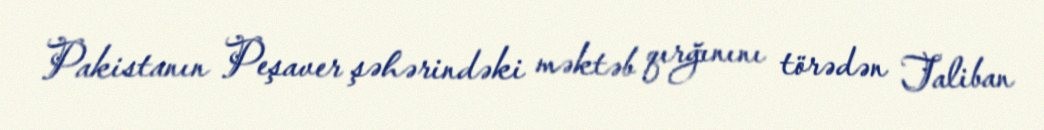
Pakistanın Peşaver şəhərindəki məktəb qırğınını törədən Taliban